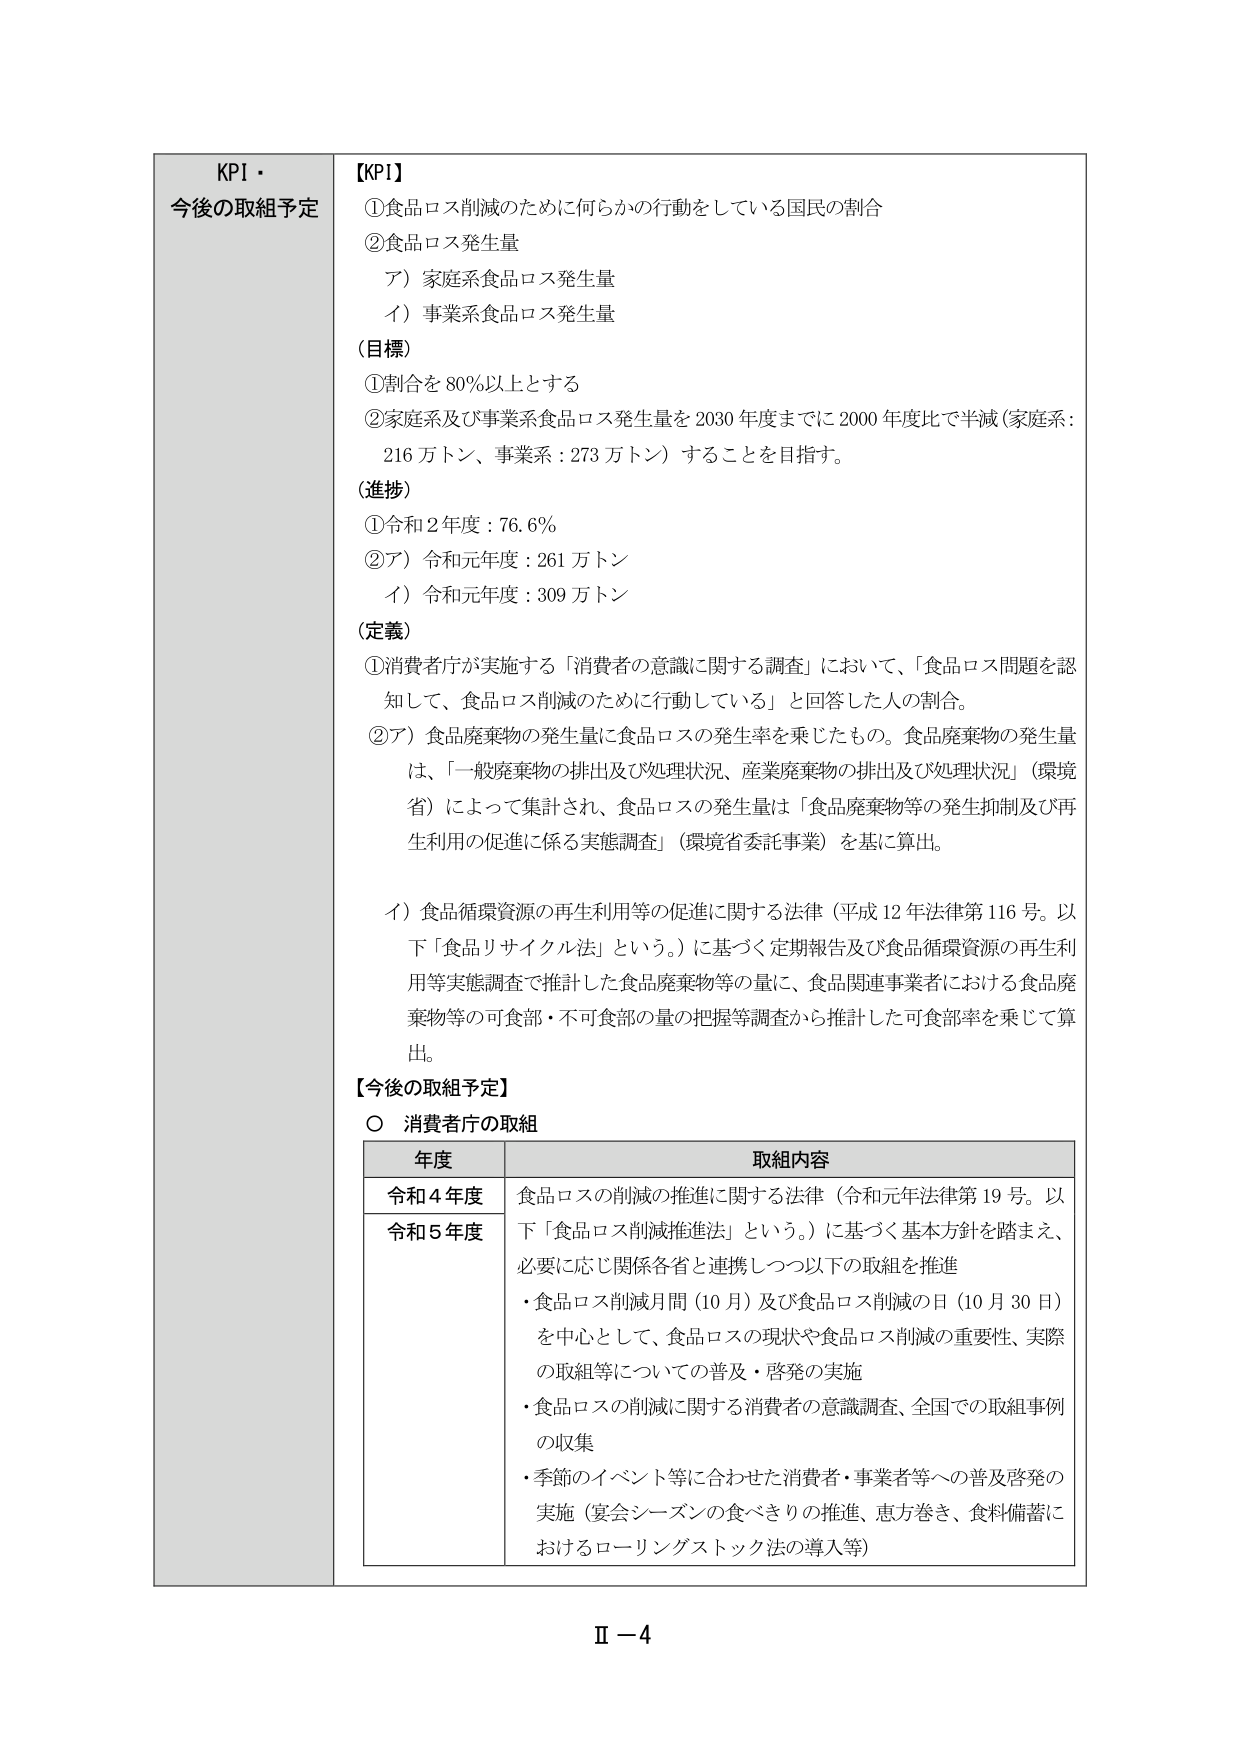
KPI・
今後の取組予定

【KPI】
①食品ロス削減のために何らかの行動をしている国民の割合
②食品ロス発生量
　ア）家庭系食品ロス発生量
　イ）事業系食品ロス発生量
（目標）
①割合を80％以上とする
②家庭系及び事業系食品ロス発生量を2030年度までに2000年度比で半減（家庭系：216万トン、事業系：273万トン）することを目指す。
（進捗）
①令和2年度：76.6％
②ア）令和元年度：261万トン
　イ）令和元年度：309万トン
（定義）
①消費者庁が実施する「消費者の意識に関する調査」において、「食品ロス問題を認知して、食品ロス削減のために行動している」と回答した人の割合。
②ア）食品廃棄物の発生量に食品ロスの発生率を乗じたもの。食品廃棄物の発生量は、「一般廃棄物の排出及び処理状況、産業廃棄物の排出及び処理状況」（環境省）によって集計され、食品ロスの発生量は「食品廃棄物等の発生抑制及び再生利用の促進に係る実態調査」（環境省委託事業）を基に算出。
　イ）食品循環資源の再生利用等の促進に関する法律（平成12年法律第116号。以下「食品リサイクル法」という。）に基づく定期報告及び食品循環資源の再生利用等実態調査で推計した食品廃棄物等の量に、食品関連事業者における食品廃棄物等の可食部・不可食部の量の把握等調査から推計した可食部率を乗じて算出。

【今後の取組予定】
○ 消費者庁の取組

年度　　　　　　　　　　　取組内容
令和4年度　　　　　　　　食品ロスの削減の推進に関する法律（令和元年法律第19号。以下「食品ロス削減推進法」という。）に基づく基本方針を踏まえ、必要に応じ関係各省と連携しつつ以下の取組を推進
令和5年度　　　　　　　　・食品ロス削減月間（10月）及び食品ロス削減の日（10月30日）を中心として、食品ロスの現状や食品ロス削減の重要性、実際の取組等についての普及・啓発の実施
　　　　　　　　　　　　・食品ロスの削減に関する消費者の意識調査、全国での取組事例の収集
　　　　　　　　　　　　・季節のイベント等に合わせた消費者・事業者等への普及啓発の実施（宴会シーズンの食べきりの推進、恵方巻き、食料備蓄におけるローリングストック法の導入等）

Ⅱ－4